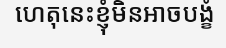
ហេតុនេះខ្ញុំមិនអាចបង្ខំ